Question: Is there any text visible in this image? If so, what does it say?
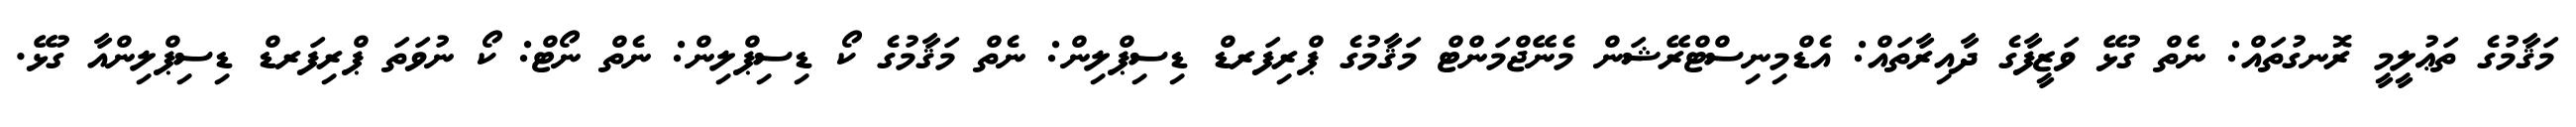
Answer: މަޤާމުގެ ތަޢުލީމީ ރޮނގުތައް: ނެތް ގުޅޭ ވަޒީފާގެ ދާއިރާތައް: އެޑްމިނިސްޓްރޭޝަން މެނޭޖްމަންޓް މަޤާމުގެ ޕްރިފަރޑް ޑިސިޕްލިން: ނެތް މަޤާމުގެ ކޯ ޑިސިޕްލިން: ނެތް ނޯޓް: ކޯ ނުވަތަ ޕްރިފަރޑް ޑިސިޕްލިންއާ ގުޅޭ.